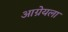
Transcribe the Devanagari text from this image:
आग्नेयला